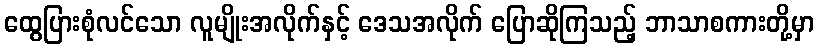
ထွေပြားစုံလင်သော လူမျိုးအလိုက်နှင့် ဒေသအလိုက် ပြောဆိုကြသည့် ဘာသာစကားတို့မှာ